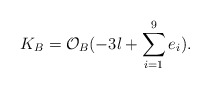
\begin{align*}K_B={\mathcal O}_{B}(-3l + \sum_{i=1}^9 e_i).\end{align*}